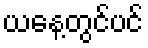
ယနေ့တွင်ပင်